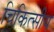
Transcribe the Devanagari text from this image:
चिकित्‍सीय